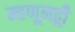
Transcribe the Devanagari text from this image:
म्हणूनहूी